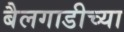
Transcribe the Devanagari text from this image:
बैलगाडीच्या